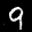
Label: 9